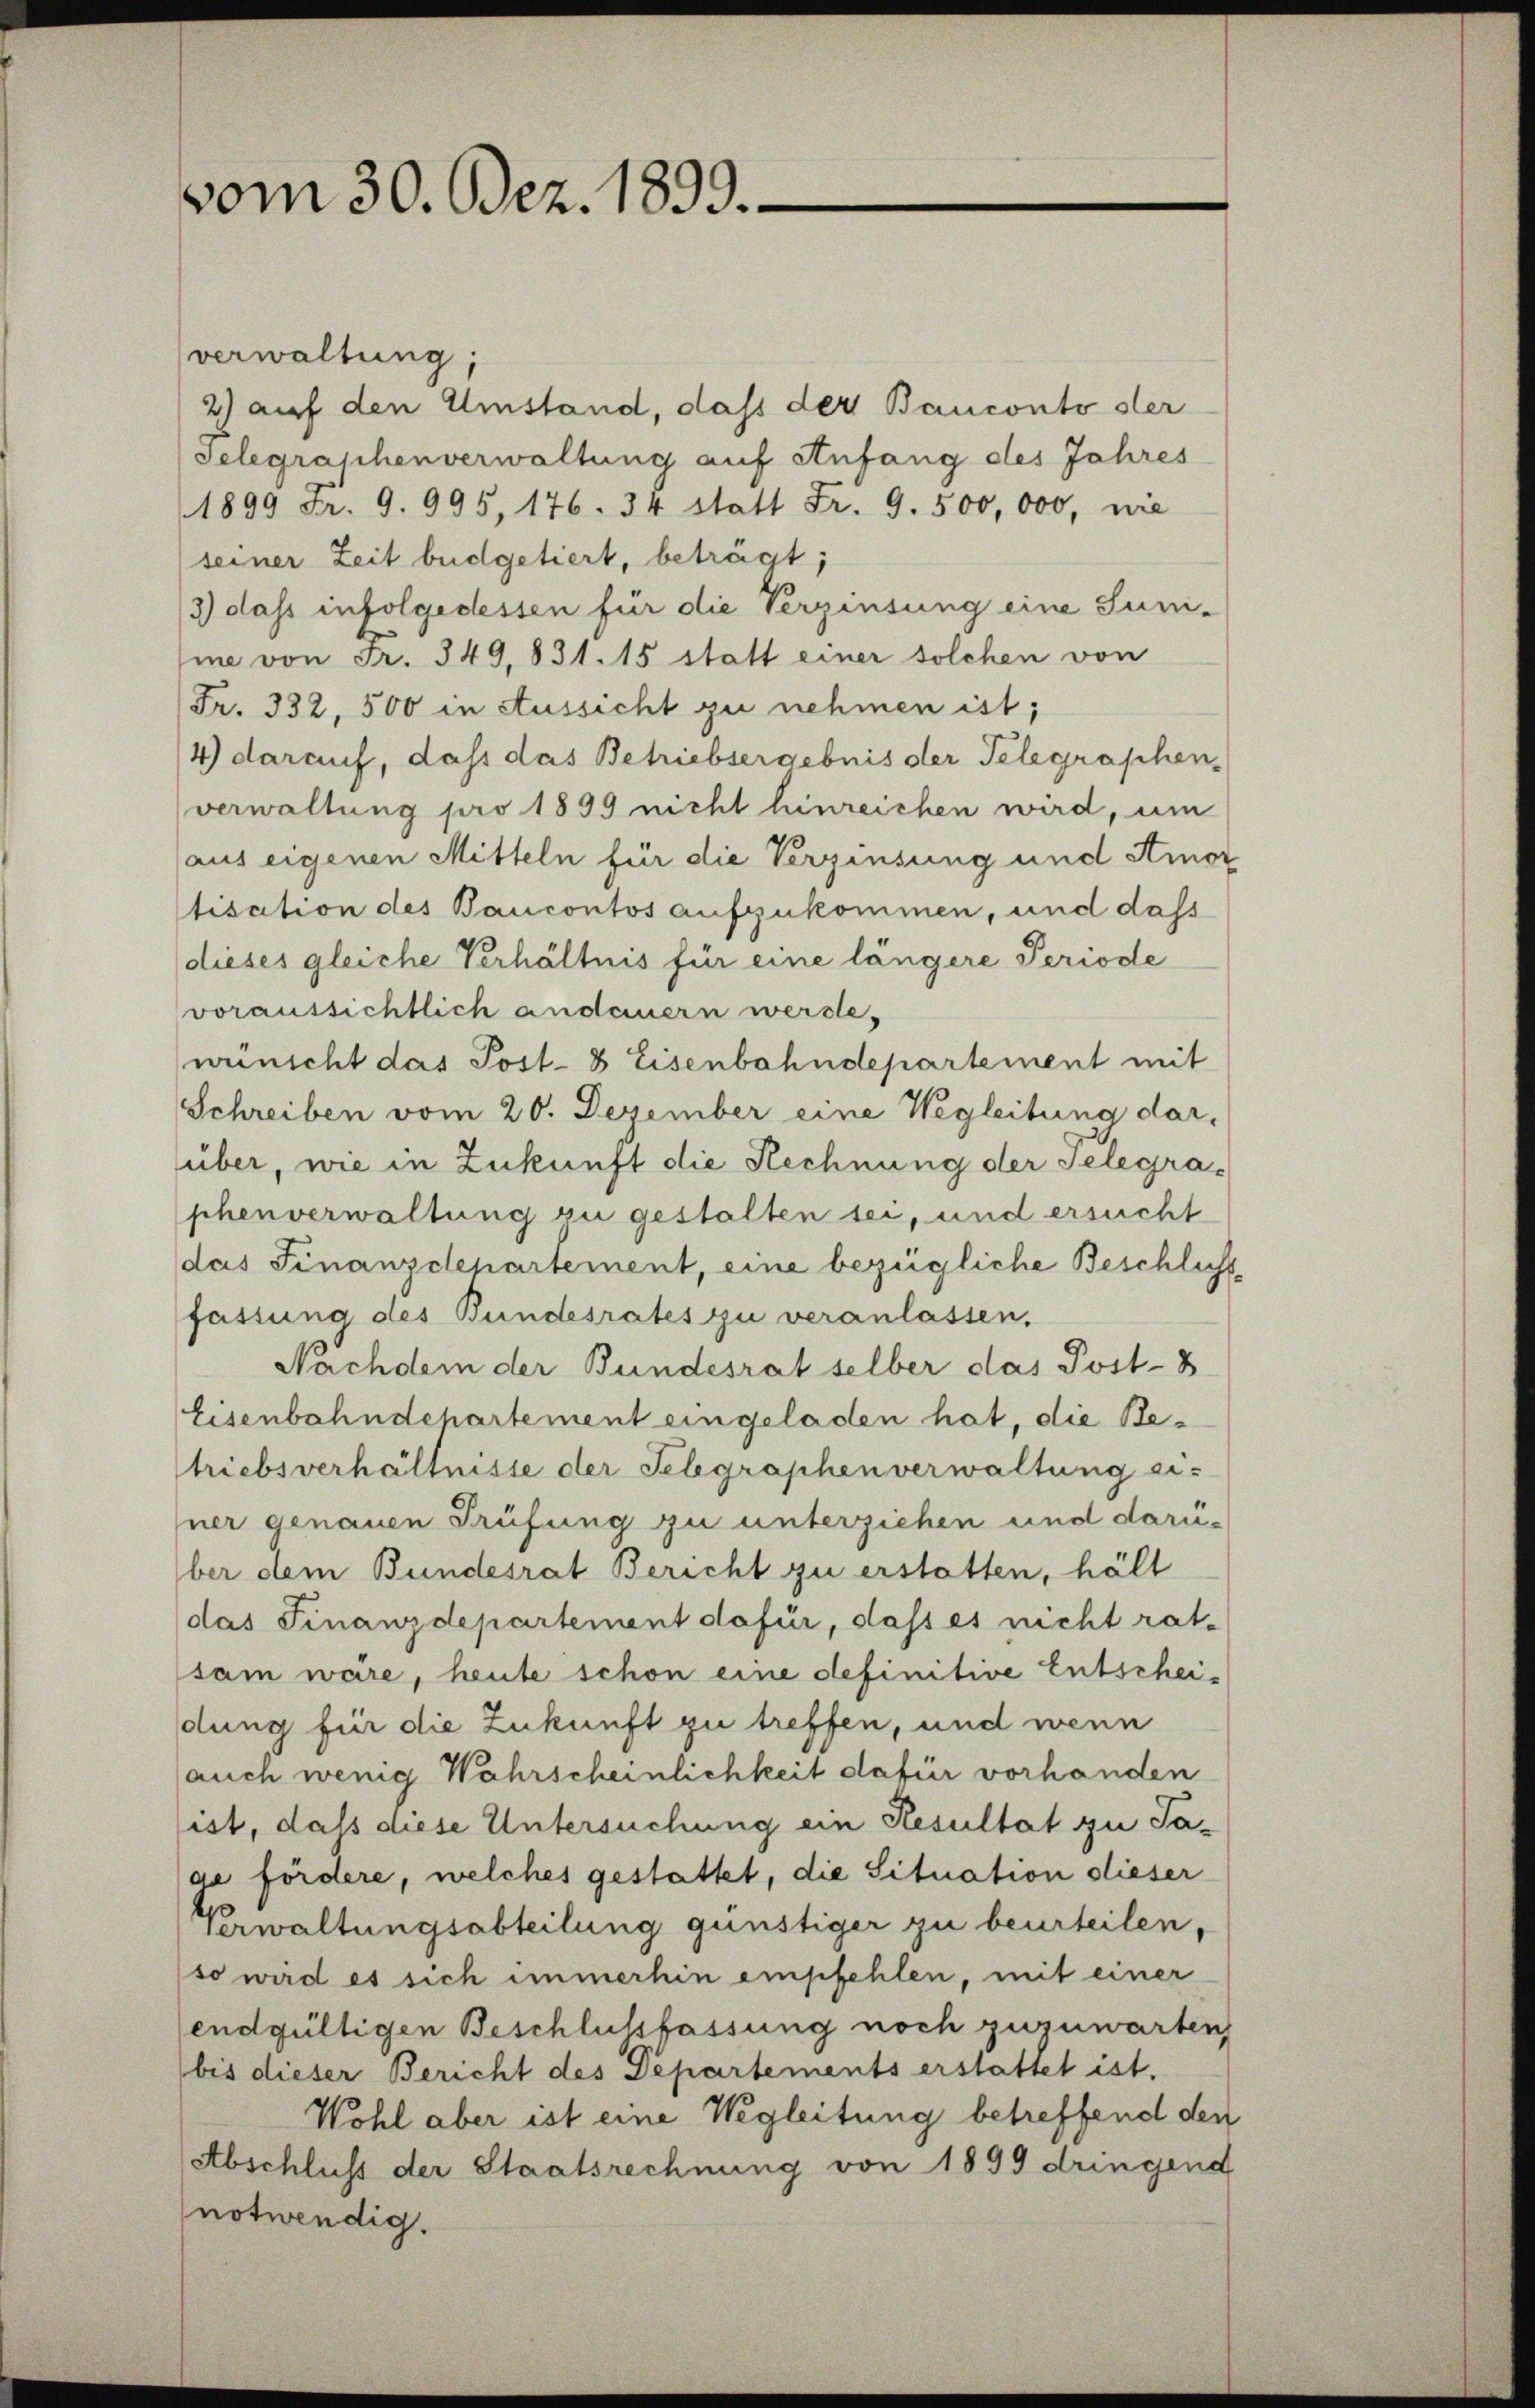
vom 30. Dez. 1899.

verwaltung;
2) auf den Umstand, dass der Bauconto der
Telegraphenverwaltung auf Anfang des Jahres
1899 Fr. 9. 995, 176. 34 statt Fr. 9. 500,000, nie
seiner Zeit büdgetiert, beträgt;
3) dass infolgedessen für die Verzinsung eine Juni-
me von Fr. 349,831. 15 statt einer solchen von
(Fr. 332, 500 in Aussicht zu nehmen ist;
4) darauf, dass das Betriebsergebnis der Telegraphen,
verwaltung pro 1899 nicht hinreichen wird, um
aus eigenen Mitteln für die Verzinsung und Amor
tisation des Baucontos aufzukommen, und dass
(dieses gleiche Verhältnis für eine längere Periode
voraussichtlich andauern werde,
wünscht das Post- & Eisenbahndepartement mit
Schreiben vom 20. Dezember eine Wegleitung dar-
über, wie in Zukunft die Rechnung der Telegraphenverwaltung zu gestalten sei, und ersucht
das Finanzdepartement, eine bezügliche Beschlicht
fassung des Bundesrates zu veranlassen,
Nachdem der Bundesrat selber das Post-B
Eisenbahndepartement eingeladen hat, die Betriebsverhältnisse der Telegraphen verwaltung ei-
ner genauen Prüfung zu unterziehen und darü-
ber dem Bundesrat Bericht zu erstatten, hält
das Finanzdepartement dafür, dass es nicht rat-
sam wäre, heute schon eine definitive Entscheidung für die Zukunft zu treffen, und wenn
auch wenig Wahrscheinlichkeit dafür vorhanden
ist, daß diese Untersuchung ein Resultat zu Saae fördere, welches gestattet, die Situation dieser
Verwaltungsabteilung günstiger zu beurteilen,
(so wird es sich immerhin empfehlen, mit einer
endgültigen Beschlussfassung noch zuzuwarten
bis dieser Bericht des Departements erstattet ist.
Wohl aber ist eine Wegleitung betreffend den
(Abschluss der Staatsrechnung von 1899 dringend
notwendig.